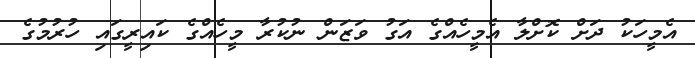
އެމީހަކު ދަށް ކޮށްލާ އެމީހެއްގެ އަގު ވަޒަން ނުކުރާ މީހެއްގެ ކައިރީގައި ހުރުމުގެ